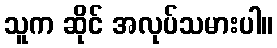
သူက ဆိုင် အလုပ်သမားပါ။